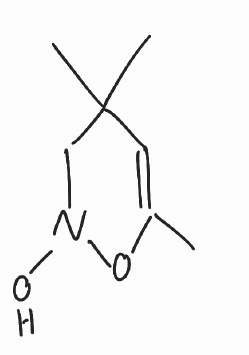
Simplified molecular-input line-entry system (SMILES) notation of the given molecule:
CC1=CC(CN(O1)O)(C)C